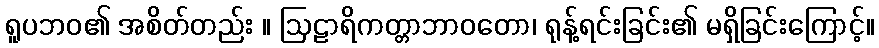
ရူပဘဝ၏ အစိတ်တည်း ။ ဩဠာရိကတ္တာဘာဝတော၊ ရုန့်ရင်းခြင်း၏ မရှိခြင်းကြောင့်။